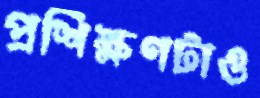
প্রশিক্ষণটাও